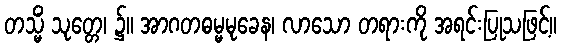
တသ္မိံ သုတ္တေ၊ ၌။ အာဂတဓမ္မမုခေန၊ လာသော တရားကို အရင်းပြုသဖြင့်။